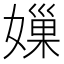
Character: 𡡊